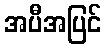
အပီအပြင်